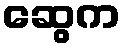
ဆွေက